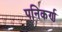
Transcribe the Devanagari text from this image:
पनिकर्ण